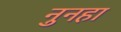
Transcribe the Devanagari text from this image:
नुनहा